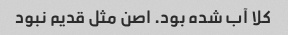
کلا آب شده بود. اصن مثل قدیم نبود